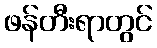
ဖန်တီးရာတွင်